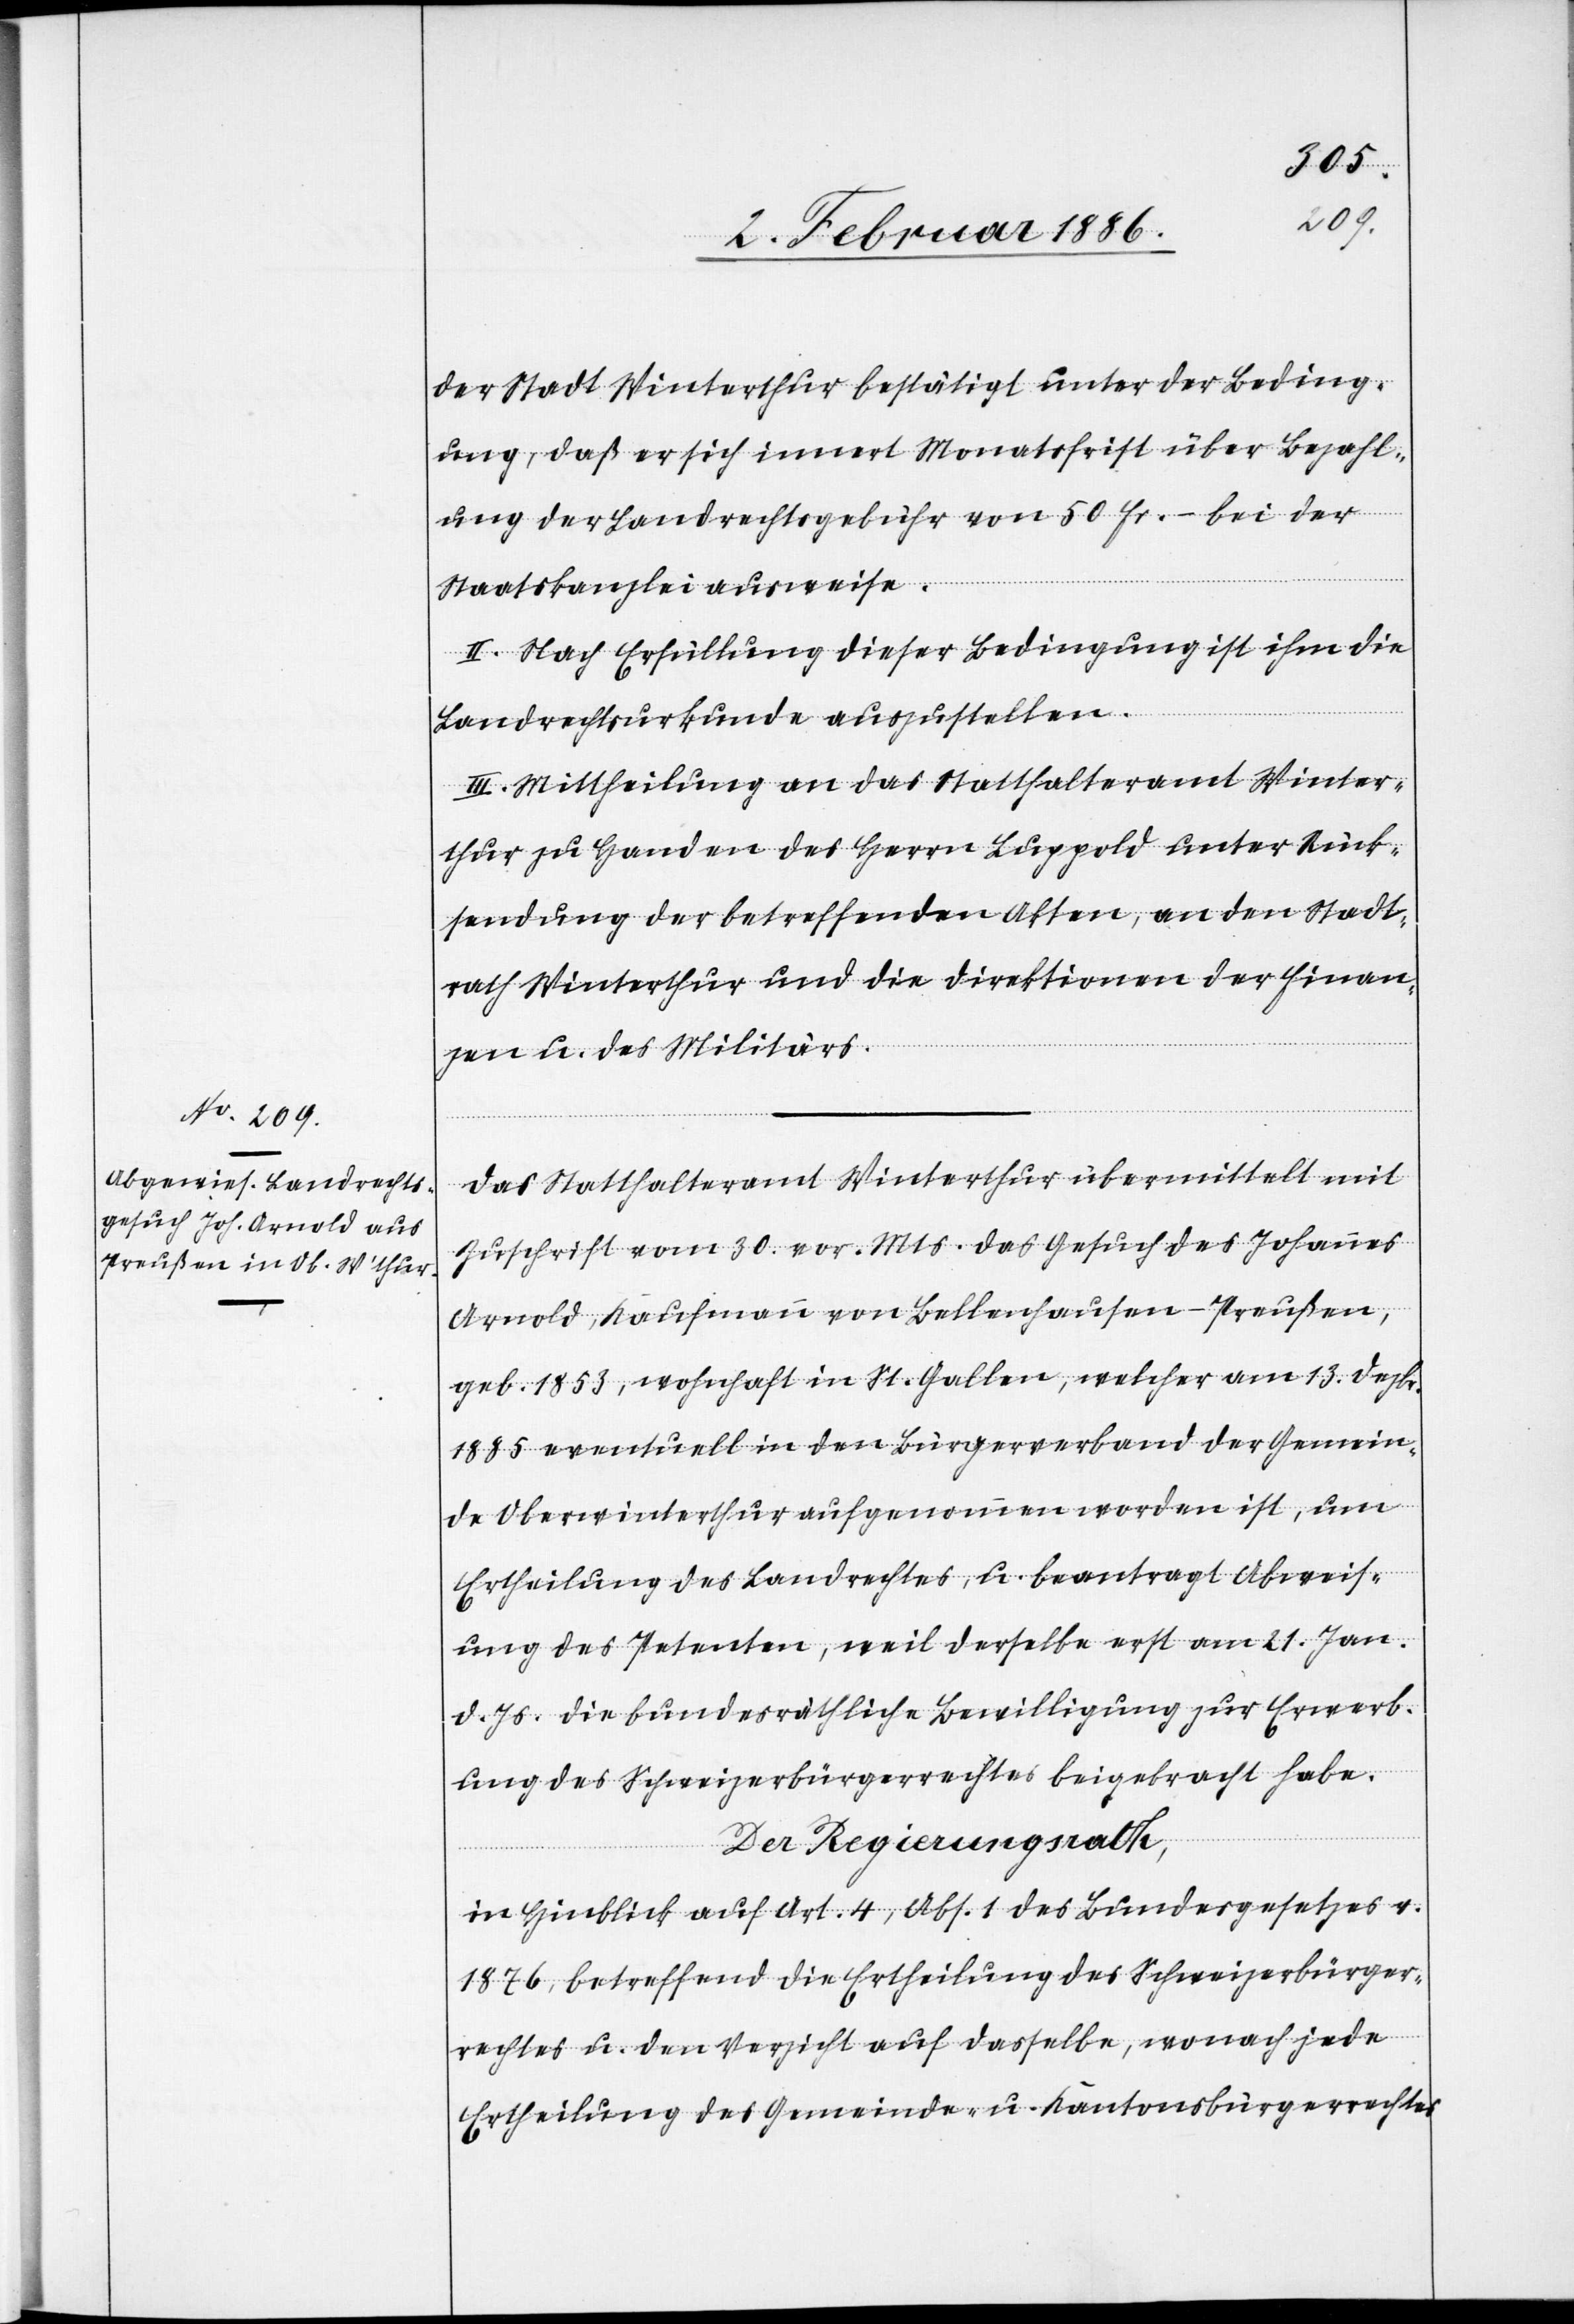
der Stadt Winterthur bestätigt unter der Beding¬
ung, daß er sich innert Monatsfrist über Bezahl¬
ung der Landrechtsgebühr von 50 Fr.– bei der
Staatskanzlei ausweise.
II. Nach Erfüllung dieser Bedingung ist ihm die
Landrechtsurkunde auszustellen.
III. Mittheilung an das Statthalteramt Winter¬
thur zu Handen des Herrn Luppold unter Rück¬
sendung der betreffenden Akten, an den Stadt¬
rath Winterthur und die Direktionen der Finan¬
zen u. des Militärs.
Das Statthalteramt Winterthur übermittelt mit
Zuschrift vom 20. vor. Mts. das Gesuch des Johannes
Arnold, Kaufmann von Bellnhausen - Preußen,
geb. 1853, wohnhaft in St. Gallen, welcher am 13. Dezbr.
1885 eventuell in den Bürgerverband der Gemein¬
de Oberwinterthur aufgenommen worden ist, um
Ertheilung des Landrechtes, u. beantragt Abweis¬
ung des Petenten, weil derselbe erst am 21. Jan.
d. Js. die bundesräthliche Bewilligung zur Erwerb¬
ung des Schweizerbürgerrechtes beigebracht habe.
Der Regierungsrath,
in Hinblick auf Art. 4, Abs. 1 des Bundesgesetzes v.
1876, betreffend die Ertheilung des Schweizerbürger¬
rechtes u. den Verzicht auf dasselbe, wonach jede
Ertheilung des Gemeinde- u. Kantonsbürgerrechtes